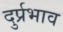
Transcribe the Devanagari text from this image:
दुर्प्रभाव